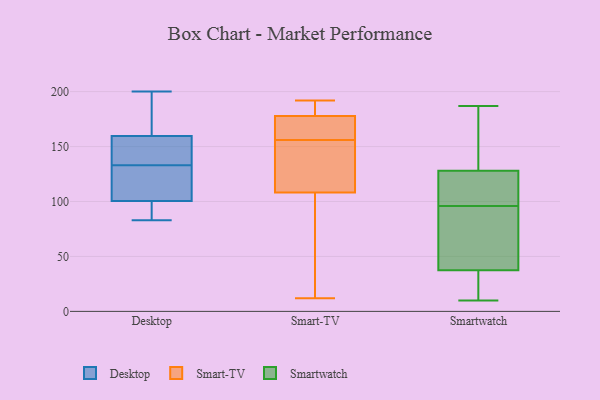
{"axis": {"x": "Backlog", "y": "Value"}, "legend": ["Desktop", "Smart-TV", "Smartwatch"], "data": [{"x": "", "y": 137, "type": "Desktop"}, {"x": "", "y": 127, "type": "Desktop"}, {"x": "", "y": 143, "type": "Desktop"}, {"x": "", "y": 97, "type": "Desktop"}, {"x": "", "y": 111, "type": "Desktop"}, {"x": "", "y": 200, "type": "Desktop"}, {"x": "", "y": 94, "type": "Desktop"}, {"x": "", "y": 83, "type": "Desktop"}, {"x": "", "y": 168, "type": "Desktop"}, {"x": "", "y": 133, "type": "Desktop"}, {"x": "", "y": 165, "type": "Desktop"}, {"x": "", "y": 177, "type": "Smart-TV"}, {"x": "", "y": 35, "type": "Smart-TV"}, {"x": "", "y": 103, "type": "Smart-TV"}, {"x": "", "y": 179, "type": "Smart-TV"}, {"x": "", "y": 124, "type": "Smart-TV"}, {"x": "", "y": 12, "type": "Smart-TV"}, {"x": "", "y": 192, "type": "Smart-TV"}, {"x": "", "y": 127, "type": "Smart-TV"}, {"x": "", "y": 178, "type": "Smart-TV"}, {"x": "", "y": 98, "type": "Smart-TV"}, {"x": "", "y": 172, "type": "Smart-TV"}, {"x": "", "y": 162, "type": "Smart-TV"}, {"x": "", "y": 183, "type": "Smart-TV"}, {"x": "", "y": 136, "type": "Smart-TV"}, {"x": "", "y": 156, "type": "Smart-TV"}, {"x": "", "y": 21, "type": "Smartwatch"}, {"x": "", "y": 58, "type": "Smartwatch"}, {"x": "", "y": 187, "type": "Smartwatch"}, {"x": "", "y": 136, "type": "Smartwatch"}, {"x": "", "y": 31, "type": "Smartwatch"}, {"x": "", "y": 177, "type": "Smartwatch"}, {"x": "", "y": 112, "type": "Smartwatch"}, {"x": "", "y": 95, "type": "Smartwatch"}, {"x": "", "y": 117, "type": "Smartwatch"}, {"x": "", "y": 165, "type": "Smartwatch"}, {"x": "", "y": 108, "type": "Smartwatch"}, {"x": "", "y": 83, "type": "Smartwatch"}, {"x": "", "y": 170, "type": "Smartwatch"}, {"x": "", "y": 48, "type": "Smartwatch"}, {"x": "", "y": 23, "type": "Smartwatch"}, {"x": "", "y": 97, "type": "Smartwatch"}, {"x": "", "y": 44, "type": "Smartwatch"}, {"x": "", "y": 31, "type": "Smartwatch"}, {"x": "", "y": 120, "type": "Smartwatch"}, {"x": "", "y": 10, "type": "Smartwatch"}]}